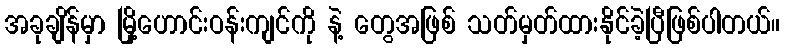
အခုချိန်မှာ မြို့ဟောင်းဝန်းကျင်ကို နဲ့ တွေအဖြစ် သတ်မှတ်ထားနိုင်ခဲ့ပြီဖြစ်ပါတယ်။